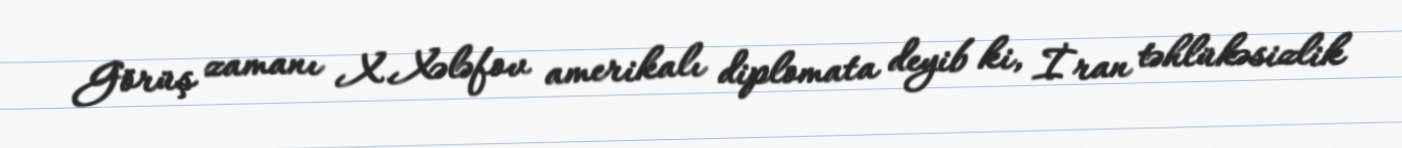
Görüş zamanı X.Xələfov amerikalı diplomata deyib ki, İran təhlükəsizlik